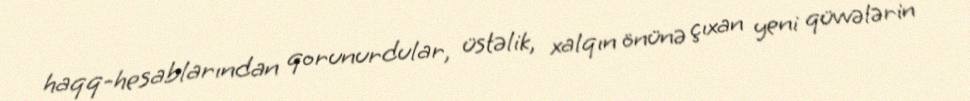
haqq-hesablarından qorunurdular, üstəlik, xalqın önünə çıxan yeni qüvvələrin